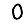
Digit: 0